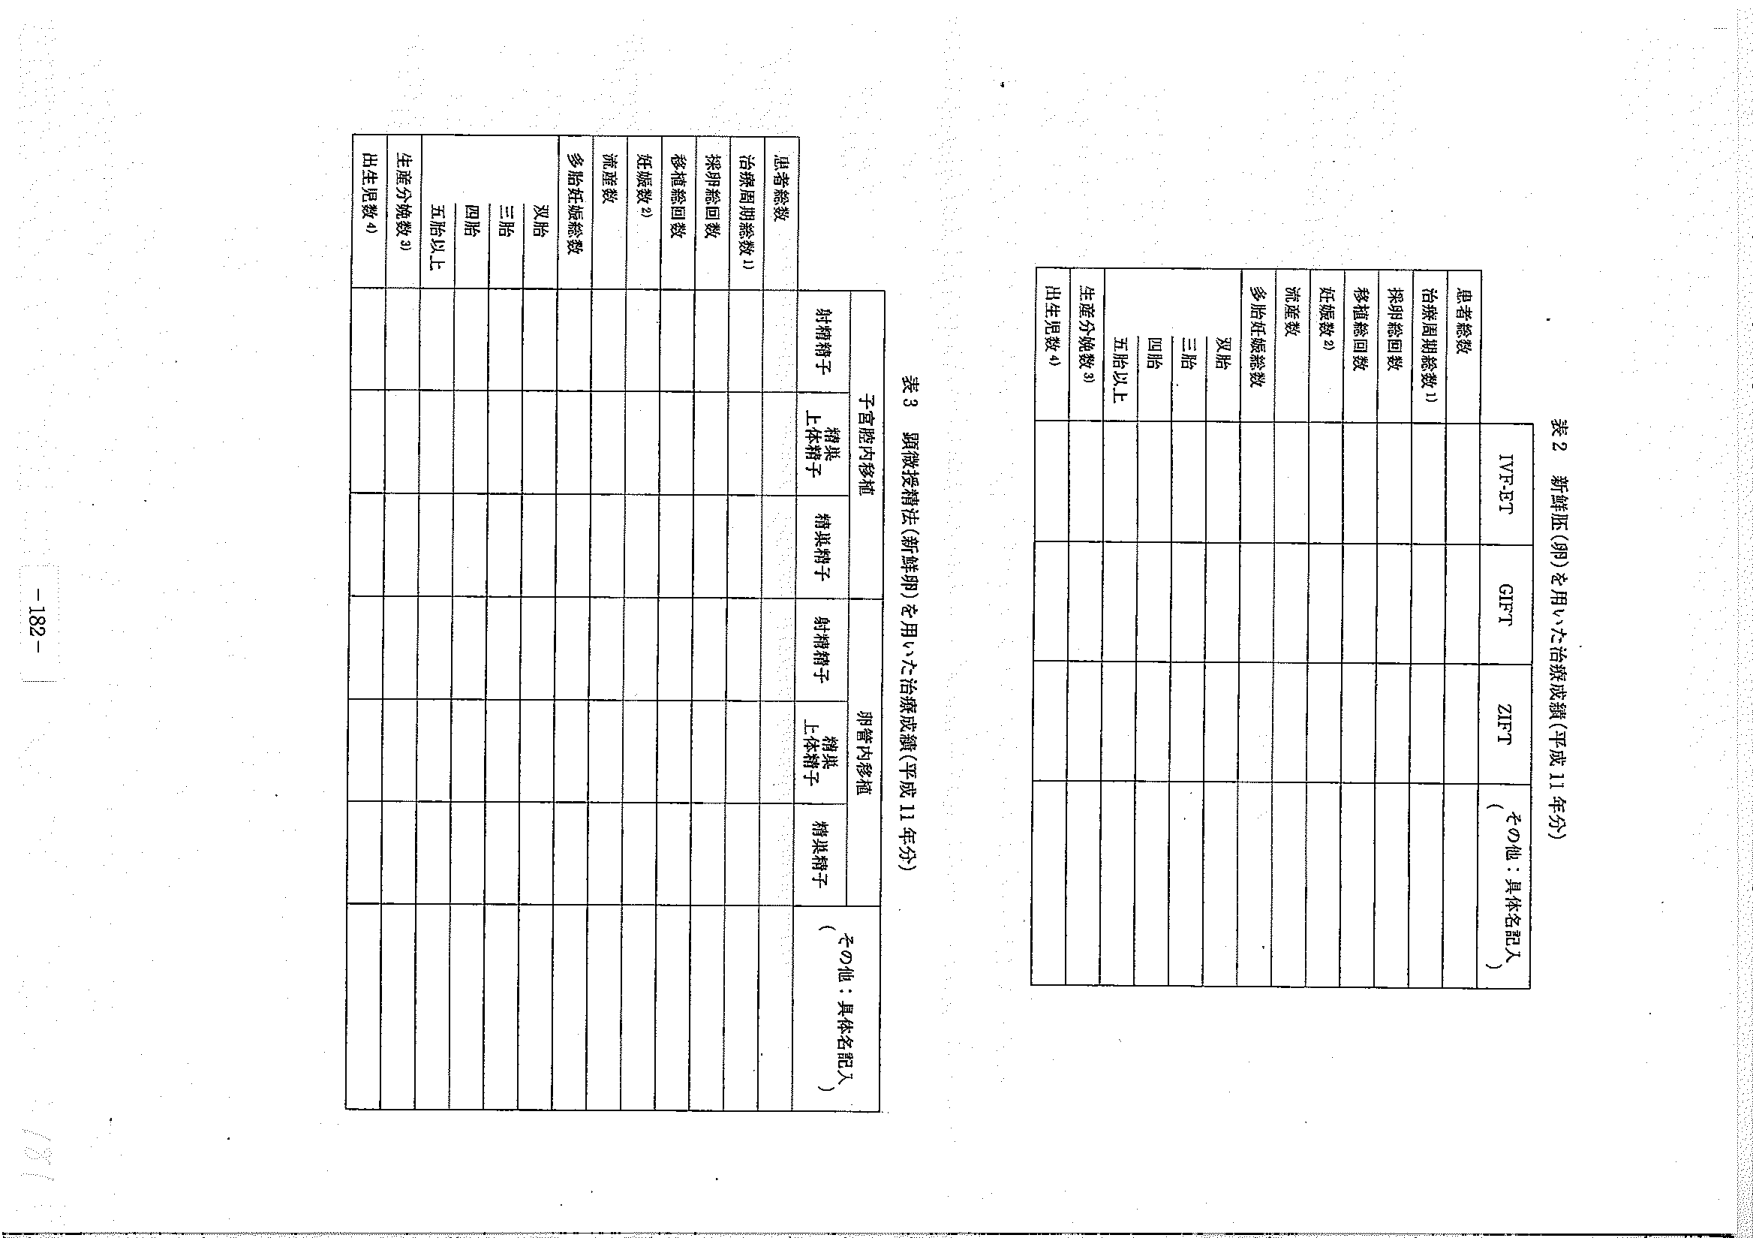
表2 新鮮胚(卵)を用いた治療成績(平成11年分)

患者総数
IVF-ET
GIFT
ZIFT
(その他：具体名記入)

治療周期総数1)
採卵総回数
移植総回数
妊娠数2)
流産数
多胎妊娠総数
双胎
三胎
四胎
五胎以上
生産分娩数3)
出生児数4)

表3 顕微授精法(新鮮卵)を用いた治療成績(平成11年分)

患者総数
治療周期総数1)
採卵総回数
移植総回数
妊娠数2)
流産数
多胎妊娠総数
双胎
三胎
四胎
五胎以上
生産分娩数3)
出生児数4)

子宮腔内移植
卵管内移植
(その他：具体名記入)
射精精子
精巣精子
射精精子
精巣精子
上体精子
精巣精子
上体精子
精巣精子

-182-